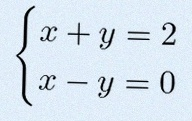
\begin{cases}x+y=2\\x-y=0\end{cases}